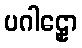
ပဂါဠှော